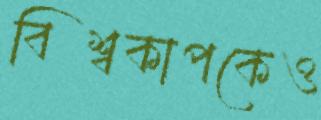
বিশ্বকাপকেও